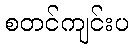
စတင်ကျင်းပ